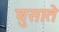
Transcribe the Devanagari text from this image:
घुसाते